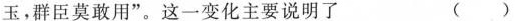
玉，群臣莫敢用”。这一变化主要说明了 （）